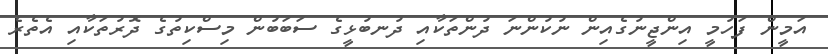
އަމީން ފަހުމީ އިންޖީނުގެއިން ނުކުންނަ ދުންތަކާއި ދުނބުޅީގެ ސަބަބުން މިސްކިތުގެ ދޮރުތަކާއި އެތެރެ